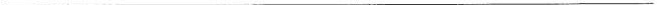
___